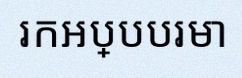
រកអប្បបរមា